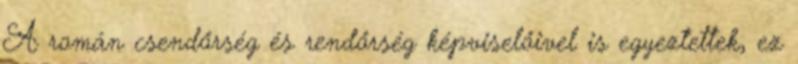
A román csendőrség és rendőrség képviselőivel is egyeztettek, ez